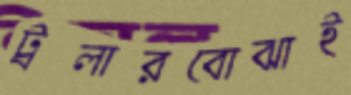
ট্রলারবোঝাই